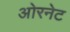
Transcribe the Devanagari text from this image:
ओरनेट